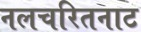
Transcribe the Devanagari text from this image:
नलचरितनाट